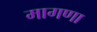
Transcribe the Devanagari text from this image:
मागणा